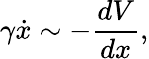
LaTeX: \gamma\dot{x}\sim-\frac{dV}{dx},